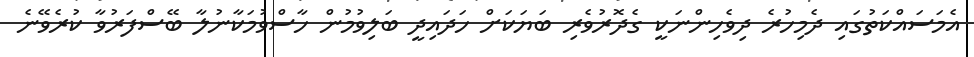
އެމަސައްކަތުގައި ދެމިހުރެ ދިވެހިންނަކީ ގެދޮރުވެރި ބަޔަކަށް ހަދައިދީ ބަލިވުމުން ހާސްވުމަކާނުލާ ބޭސްފަރުވާ ކުރެވޭނެ